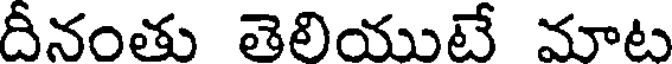
దీనంతు తెలియుటే మాట